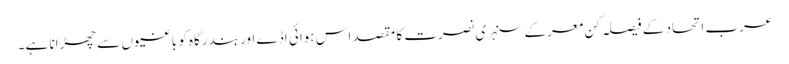
عرب اتحاد کے فیصلہ کن معرکے سنہری نصرت کا مقصد اس ہوائی اڈے اور بندرگاہ کو باغیوں سے چھڑانا ہے۔